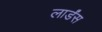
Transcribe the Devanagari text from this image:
लार्डंस